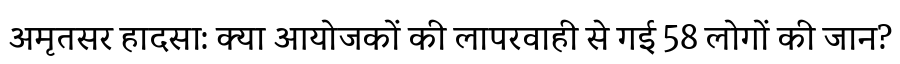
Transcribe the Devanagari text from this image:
अमृतसर हादसा: क्या आयोजकों की लापरवाही से गई 58 लोगों की जान?